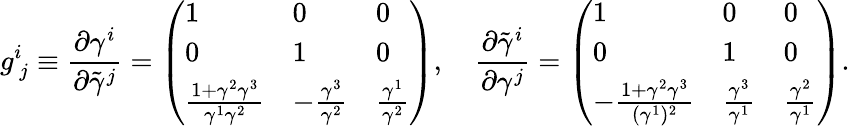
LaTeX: g_{\ j}^{i}\equiv\frac{\partial\gamma^{i}}{\partial\tilde{\gamma}^{j}}=\left(\begin{array}{lll}{1}&{0}&{0}\\ {0}&{1}&{0}\\ {\frac{1+\gamma^{2}\gamma^{3}}{\gamma^{1}\gamma^{2}}}&{-\frac{\gamma^{3}}{\gamma^{2}}}&{\frac{\gamma^{1}}{\gamma^{2}}}\end{array}\right),\quad\frac{\partial\tilde{\gamma}^{i}}{\partial\gamma^{j}}=\left(\begin{array}{lll}{1}&{0}&{0}\\ {0}&{1}&{0}\\ {-\frac{1+\gamma^{2}\gamma^{3}}{(\gamma^{1})^{2}}}&{\frac{\gamma^{3}}{\gamma^{1}}}&{\frac{\gamma^{2}}{\gamma^{1}}}\end{array}\right).